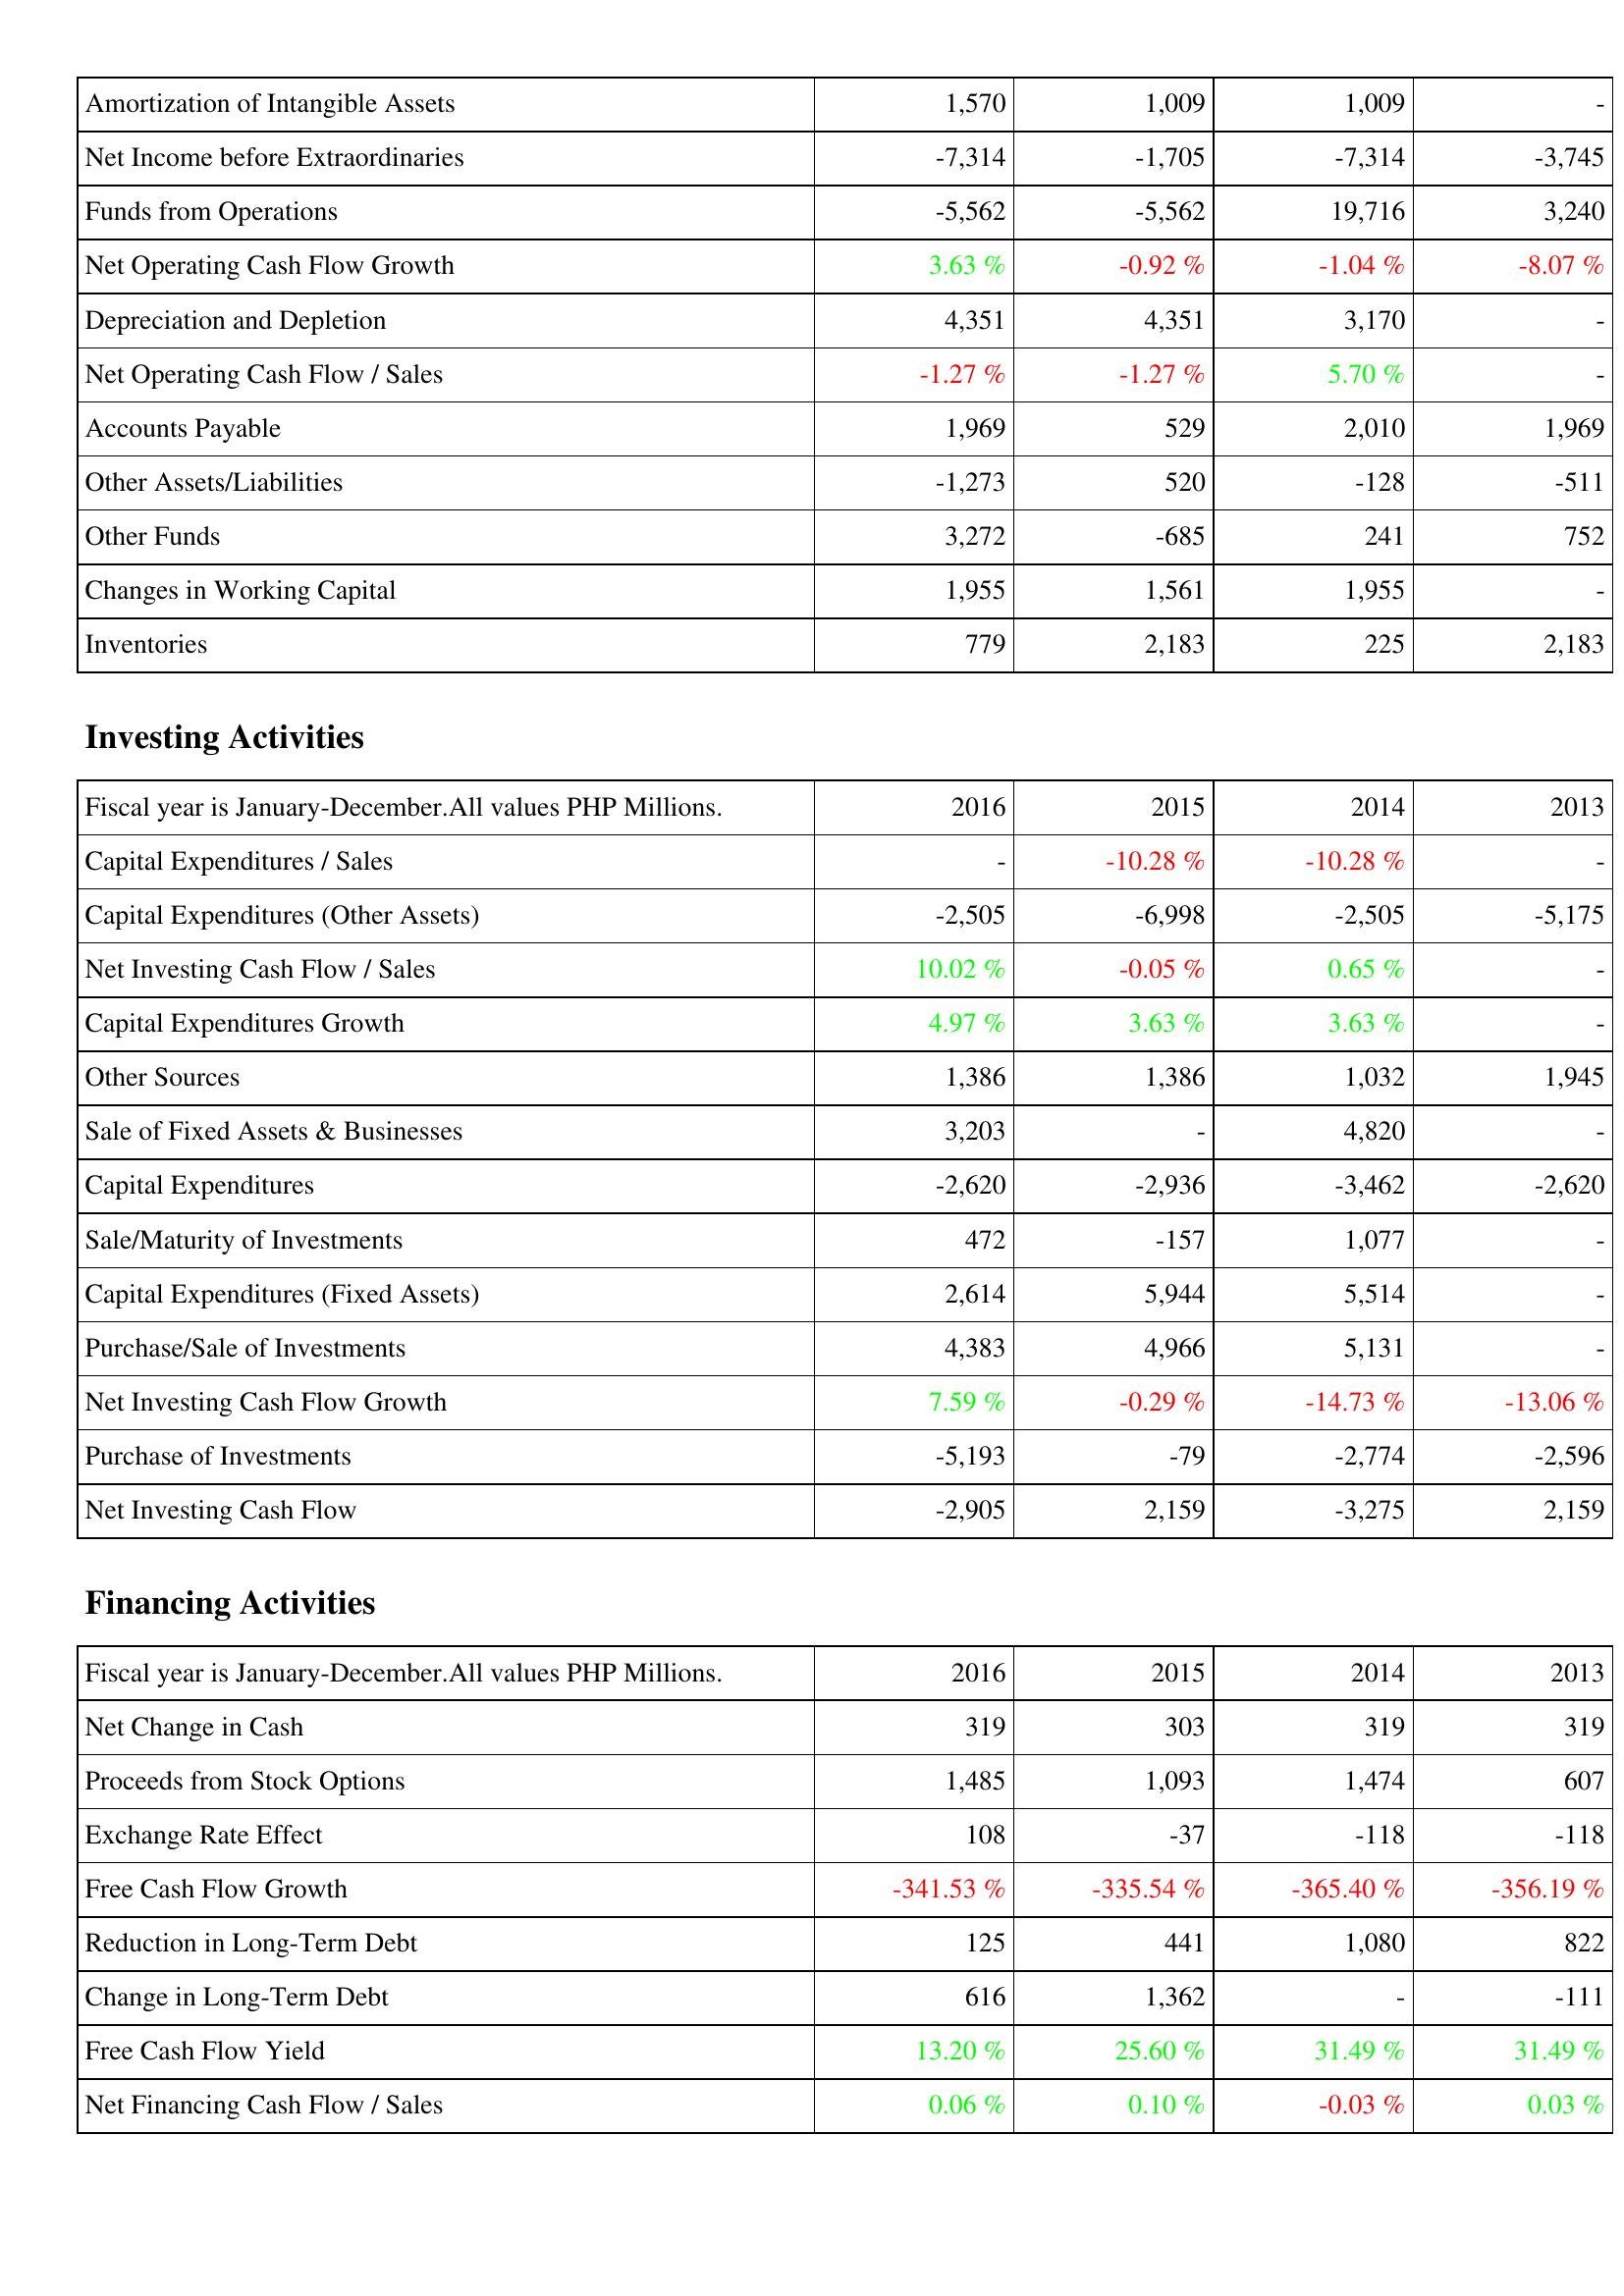
2016: Operating Activities: Amortization of Intangible Assets: 1,570
Net Income before Extraordinaries: -7,314
Funds from Operations: -5,562
Net Operating Cash Flow Growth: 3.63 %
Depreciation and Depletion: 4,351
Net Operating Cash Flow / Sales: -1.27 %
Accounts Payable: 1,969
Other Assets/Liabilities: -1,273
Other Funds: 3,272
Changes in Working Capital: 1,955
Inventories: 779
Investing Activities: Capital Expenditures / Sales: -
Capital Expenditures (Other Assets): -2,505
Net Investing Cash Flow / Sales: 10.02 %
Capital Expenditures Growth: 4.97 %
Other Sources: 1,386
Sale of Fixed Assets & Businesses: 3,203
Capital Expenditures: -2,620
Sale/Maturity of Investments: 472
Capital Expenditures (Fixed Assets): 2,614
Purchase/Sale of Investments: 4,383
Net Investing Cash Flow Growth: 7.59 %
Purchase of Investments: -5,193
Net Investing Cash Flow: -2,905
Financing Activities: Net Change in Cash: 319
Proceeds from Stock Options: 1,485
Exchange Rate Effect: 108
Free Cash Flow Growth: -341.53 %
Reduction in Long-Term Debt: 125
Change in Long-Term Debt: 616
Free Cash Flow Yield: 13.20 %
Net Financing Cash Flow / Sales: 0.06 %
2015: Operating Activities: Amortization of Intangible Assets: 1,009
Net Income before Extraordinaries: -1,705
Funds from Operations: -5,562
Net Operating Cash Flow Growth: -0.92 %
Depreciation and Depletion: 4,351
Net Operating Cash Flow / Sales: -1.27 %
Accounts Payable: 529
Other Assets/Liabilities: 520
Other Funds: -685
Changes in Working Capital: 1,561
Inventories: 2,183
Investing Activities: Capital Expenditures / Sales: -10.28 %
Capital Expenditures (Other Assets): -6,998
Net Investing Cash Flow / Sales: -0.05 %
Capital Expenditures Growth: 3.63 %
Other Sources: 1,386
Sale of Fixed Assets & Businesses: -
Capital Expenditures: -2,936
Sale/Maturity of Investments: -157
Capital Expenditures (Fixed Assets): 5,944
Purchase/Sale of Investments: 4,966
Net Investing Cash Flow Growth: -0.29 %
Purchase of Investments: -79
Net Investing Cash Flow: 2,159
Financing Activities: Net Change in Cash: 303
Proceeds from Stock Options: 1,093
Exchange Rate Effect: -37
Free Cash Flow Growth: -335.54 %
Reduction in Long-Term Debt: 441
Change in Long-Term Debt: 1,362
Free Cash Flow Yield: 25.60 %
Net Financing Cash Flow / Sales: 0.10 %
2014: Operating Activities: Amortization of Intangible Assets: 1,009
Net Income before Extraordinaries: -7,314
Funds from Operations: 19,716
Net Operating Cash Flow Growth: -1.04 %
Depreciation and Depletion: 3,170
Net Operating Cash Flow / Sales: 5.70 %
Accounts Payable: 2,010
Other Assets/Liabilities: -128
Other Funds: 241
Changes in Working Capital: 1,955
Inventories: 225
Investing Activities: Capital Expenditures / Sales: -10.28 %
Capital Expenditures (Other Assets): -2,505
Net Investing Cash Flow / Sales: 0.65 %
Capital Expenditures Growth: 3.63 %
Other Sources: 1,032
Sale of Fixed Assets & Businesses: 4,820
Capital Expenditures: -3,462
Sale/Maturity of Investments: 1,077
Capital Expenditures (Fixed Assets): 5,514
Purchase/Sale of Investments: 5,131
Net Investing Cash Flow Growth: -14.73 %
Purchase of Investments: -2,774
Net Investing Cash Flow: -3,275
Financing Activities: Net Change in Cash: 319
Proceeds from Stock Options: 1,474
Exchange Rate Effect: -118
Free Cash Flow Growth: -365.40 %
Reduction in Long-Term Debt: 1,080
Change in Long-Term Debt: -
Free Cash Flow Yield: 31.49 %
Net Financing Cash Flow / Sales: -0.03 %
2013: Operating Activities: Amortization of Intangible Assets: -
Net Income before Extraordinaries: -3,745
Funds from Operations: 3,240
Net Operating Cash Flow Growth: -8.07 %
Depreciation and Depletion: -
Net Operating Cash Flow / Sales: -
Accounts Payable: 1,969
Other Assets/Liabilities: -511
Other Funds: 752
Changes in Working Capital: -
Inventories: 2,183
Investing Activities: Capital Expenditures / Sales: -
Capital Expenditures (Other Assets): -5,175
Net Investing Cash Flow / Sales: -
Capital Expenditures Growth: -
Other Sources: 1,945
Sale of Fixed Assets & Businesses: -
Capital Expenditures: -2,620
Sale/Maturity of Investments: -
Capital Expenditures (Fixed Assets): -
Purchase/Sale of Investments: -
Net Investing Cash Flow Growth: -13.06 %
Purchase of Investments: -2,596
Net Investing Cash Flow: 2,159
Financing Activities: Net Change in Cash: 319
Proceeds from Stock Options: 607
Exchange Rate Effect: -118
Free Cash Flow Growth: -356.19 %
Reduction in Long-Term Debt: 822
Change in Long-Term Debt: -111
Free Cash Flow Yield: 31.49 %
Net Financing Cash Flow / Sales: 0.03 %